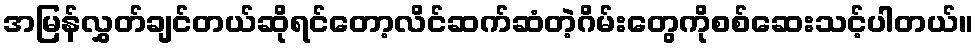
အမြန်လွှတ်ချင်တယ်ဆိုရင်တော့လိင်ဆက်ဆံတဲ့ဂိမ်းတွေကိုစစ်ဆေးသင့်ပါတယ်။